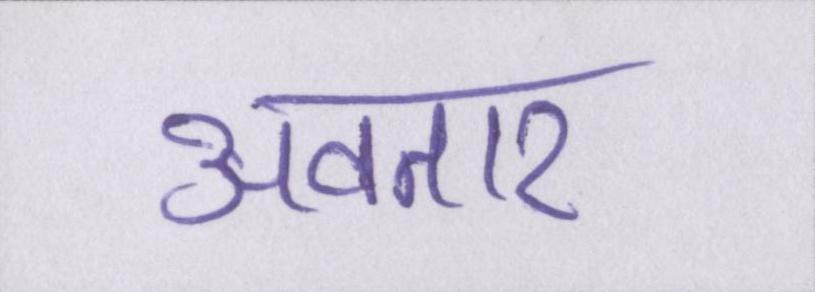
अवतार